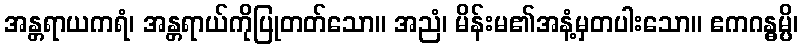
အန္တရာယကရံ၊ အန္တရာယ်ကိုပြုတတ်သော။ အညံ၊ မိန်းမ၏အနံ့မှတပါးသော။ ဧကဂန္ဓမ္ပိ၊